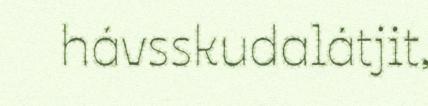
hávsskudalátjit,